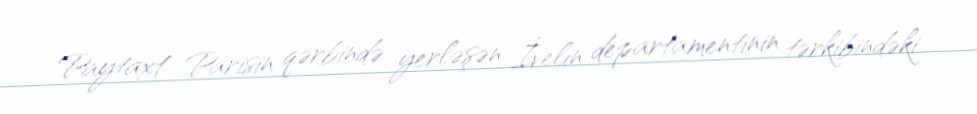
Paytaxt Parisin qərbində yerləşən İvelin departamentinin tərkibindəki